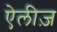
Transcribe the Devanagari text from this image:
ऐलीज़